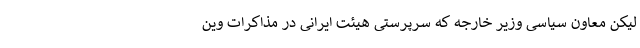
لیکن معاون سیاسی وزیر خارجه که سرپرستی هیئت ایرانی در مذاکرات وین